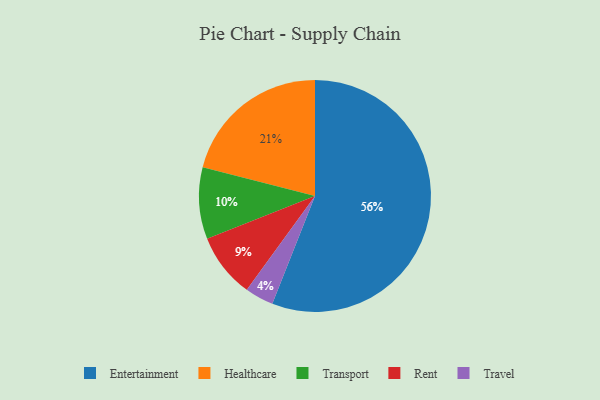
{"axis": {"x": "Category", "y": "Percentage"}, "legend": ["Entertainment", "Healthcare", "Rent", "Transport", "Travel"], "data": [{"x": "Transport", "y": 10, "type": "Transport"}, {"x": "Travel", "y": 4, "type": "Travel"}, {"x": "Rent", "y": 9, "type": "Rent"}, {"x": "Healthcare", "y": 21, "type": "Healthcare"}, {"x": "Entertainment", "y": 56, "type": "Entertainment"}]}